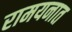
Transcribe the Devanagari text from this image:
रामयनात